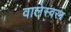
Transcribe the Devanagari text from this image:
वालेस्वरन